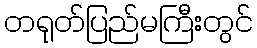
တရုတ်ပြည်မကြီးတွင်